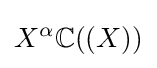
X^{\alpha }\mathbb {C} ((X))